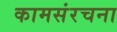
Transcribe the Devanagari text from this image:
कामसंरचना